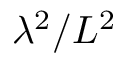
\lambda ^ { 2 } / L ^ { 2 }